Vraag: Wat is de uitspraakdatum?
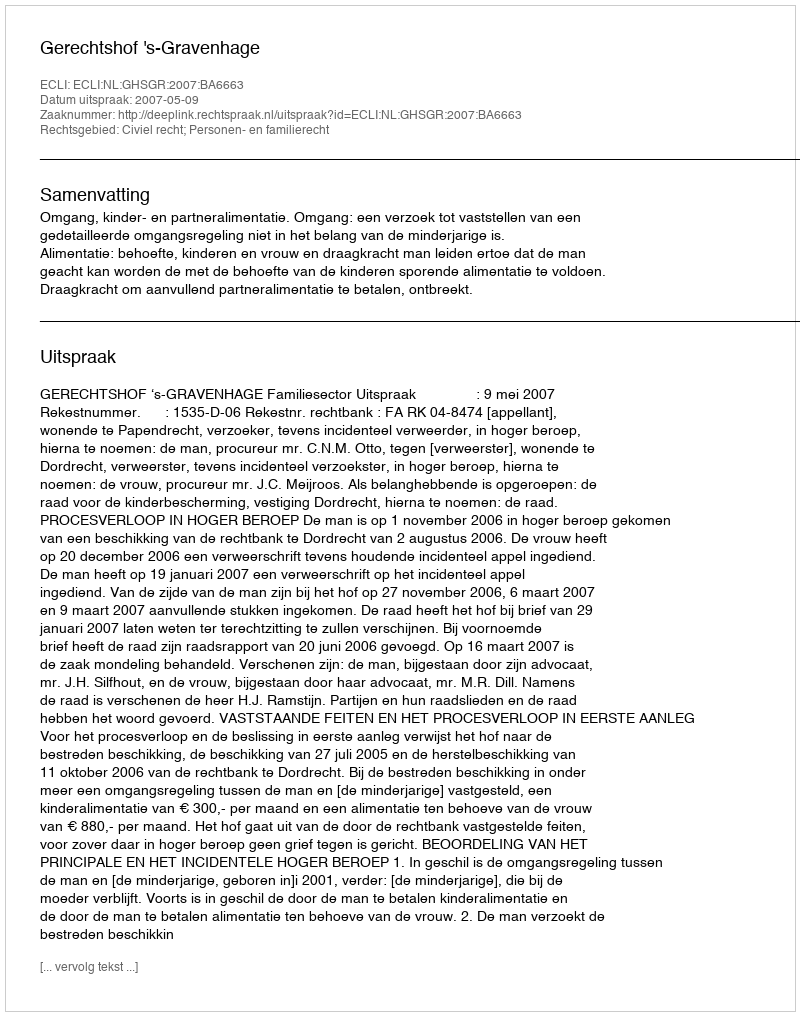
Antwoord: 2007-05-09